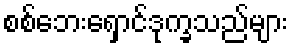
စစ်ဘေးရှောင်ဒုက္ခသည်များ